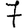
Digit: 7